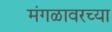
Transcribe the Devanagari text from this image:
मंगळावरच्या